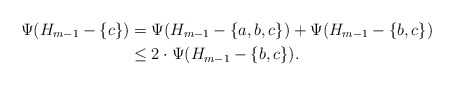
\begin{align*}\Psi (H_{m-1} - \{c\}) &= \Psi (H_{m-1} - \{a,b,c\}) + \Psi (H_{m-1} - \{b,c\}) \\&\le 2 \cdot \Psi (H_{m-1} - \{b,c\}).\end{align*}